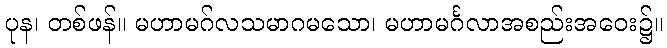
ပုန၊ တစ်ဖန်။ မဟာမဂ်လသမာဂမသော၊ မဟာမင်္ဂလာအစည်းအဝေး၌။